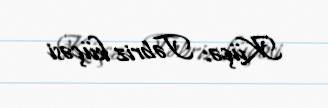
Küçə: Təbriz küçəsi